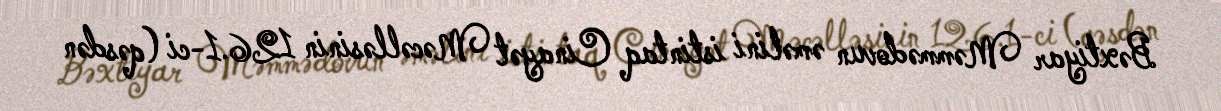
Bəxtiyar Məmmədovun əməlini istintaq Cinayət Məcəlləsinin 126.1-ci (qəsdən